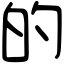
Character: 的